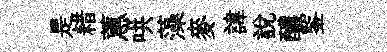
是耤蕙哄藻麥諱説醲鍳